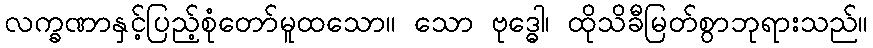
လက္ခဏာနှင့်ပြည့်စုံတော်မူထသော။ သော ဗုဒ္ဓေါ၊ ထိုသိခီမြတ်စွာဘုရားသည်။